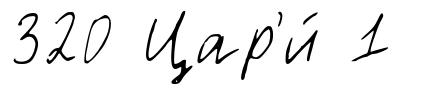
320 Цар'и́ 1